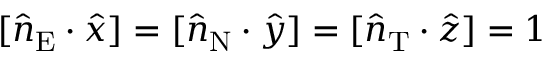
[ \hat { n } _ { \mathrm { E } } \cdot \hat { x } ] = [ \hat { n } _ { \mathrm { N } } \cdot \hat { y } ] = [ \hat { n } _ { \mathrm { T } } \cdot \hat { z } ] = 1